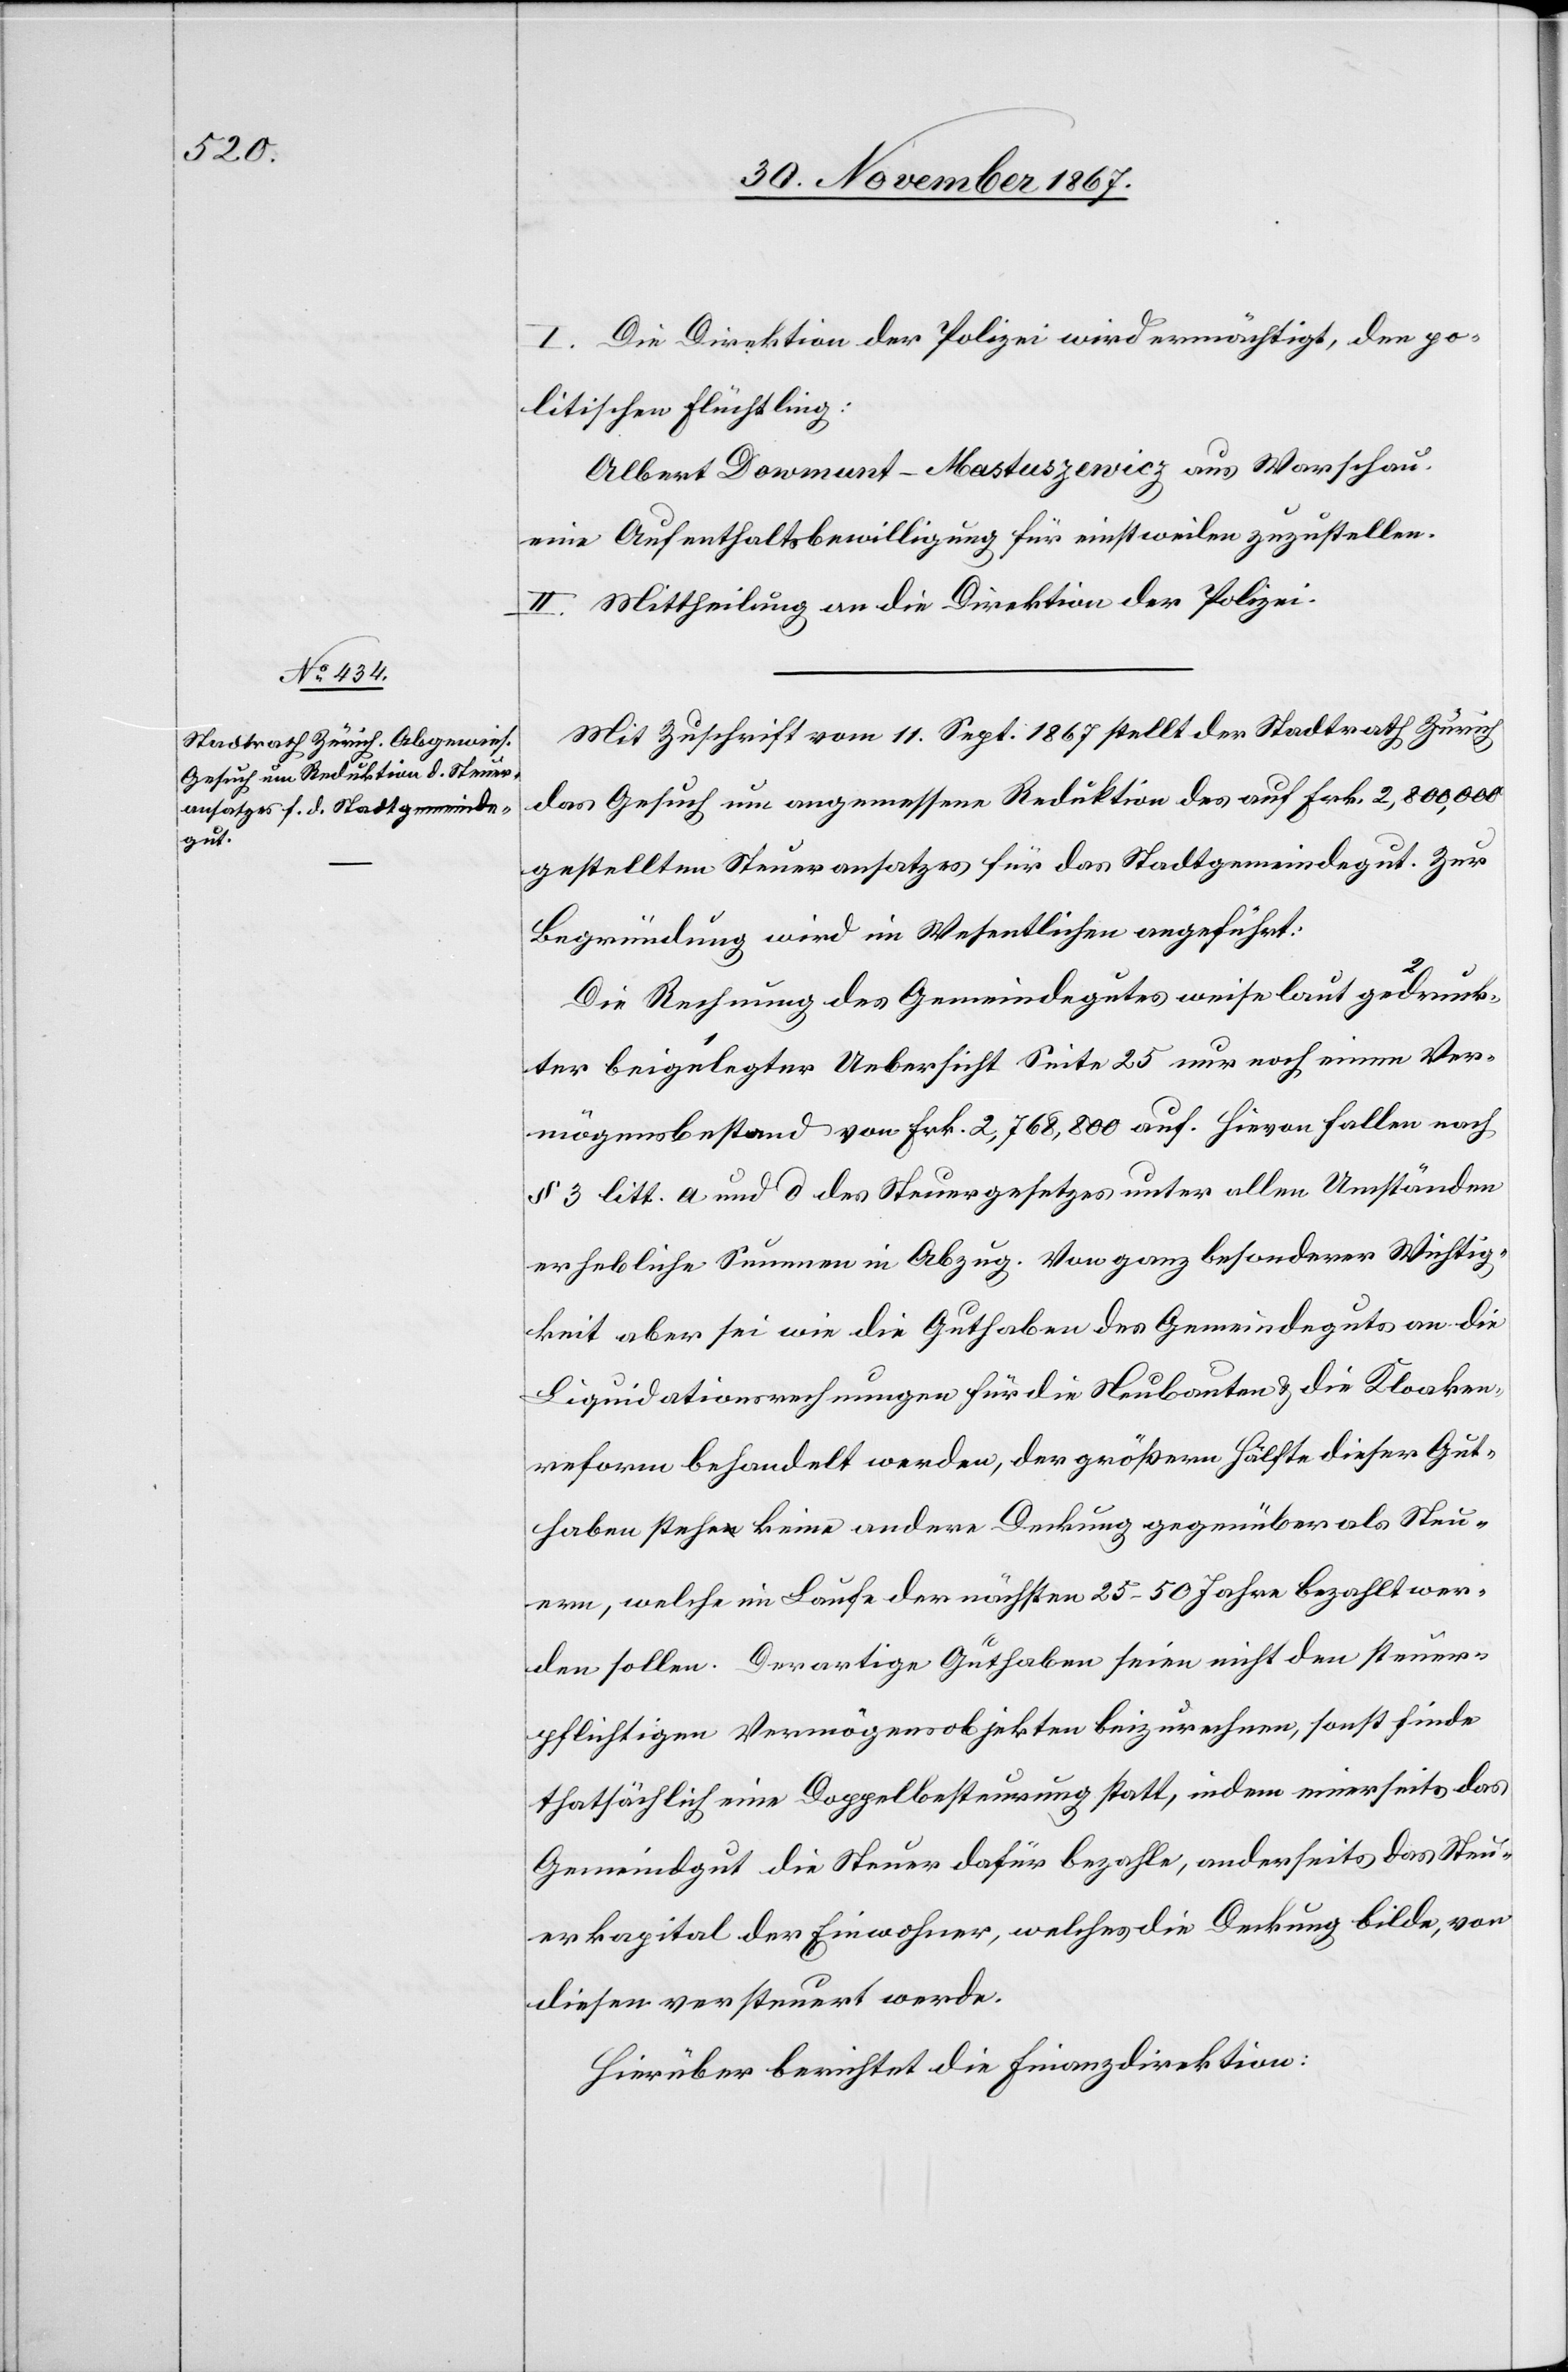
I. Die Direktion der Polizei wird ermächtigt, den po¬
litischen Flüchtling:
Albert Dowmart-Mastaszewicz aus Warschau,
eine Aufenthaltsbewilligung für einstweilen zuzustellen.
II. Mittheilung an die Direktion der Polizei.
Mit Zuschrift vom 11. Sept. 1867 stellt der Stadtrath Zürich
das Gesuch um angemessene Reduktion des auf Frk. 2 800 000
gestellten Steueransatzes für das Stadtgemeindegut. Zur
Begründung wird im Wesentlichen angeführt:
Die Rechnung des Gemeindegutes weise laut beigeleg¬
ter gedruckter Uebersicht Seite 25 nur noch einen Ver¬
mögensbestand von Frk. 2 768 800 auf. Hievon fallen nach
§ 3 litt. a und d des Steuergesetzes unter allen Umständen
erhebliche Summen in Abzug. Von ganz besonderer Wichtig¬
keit aber sie wie die Guthaben des Gemeindegutes an die
Liquidationsrechnungen für die Neubauten u. die Kloaken¬
reform behandelt werden, der gößern Hälfte dieser Gut¬
haben stehe keine andere Deckung gegenüber als Steu¬
ern, welche im Laufe der nächsten 25–50 Jahre bezahlt wer¬
den sollen. Derartige Guthaben seien nicht den steuer¬
pflichtigen Vermögensobjekten beizurechnen, sonst finde
thatsächlich eine Doppelbesteuerung statt, indem einerseits das
Gemeindgut die Steuer dafür bezahle, anderseits das Steu¬
erkapital der Einwohner, welches die Deckung bilde, von
diesen versteuert werde.
Hierüber berichtet die Finanzdirektion: